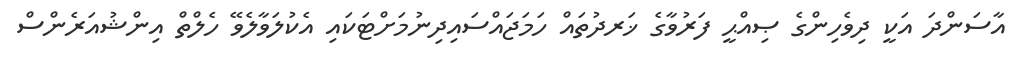
އާސަންދަ އަކީ ދިވެހިންގެ ޞިއްޙީ ފަރުވާގެ ޚަރދުތައް ހަމަޖައްސައިދިނުމަށްޓަކައި އެކުލަވާލެވޭ ހެލްތް އިންޝުއަރެންސް